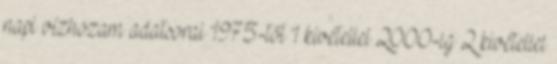
napi vízhozam adatsorai 1975-től 1 kivétellel 2000-ig 2 kivétellel